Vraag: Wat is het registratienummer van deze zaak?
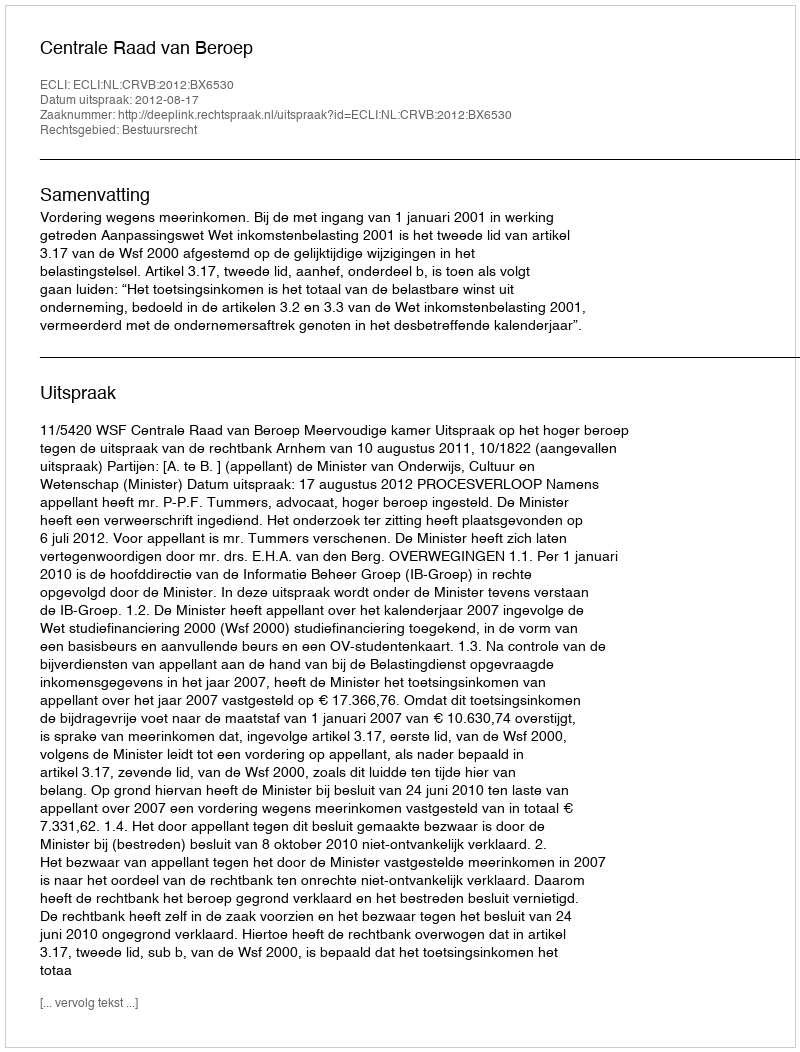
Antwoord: http://deeplink.rechtspraak.nl/uitspraak?id=ECLI:NL:CRVB:2012:BX6530